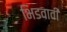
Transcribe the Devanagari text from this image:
भिडवावी